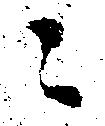
ニ